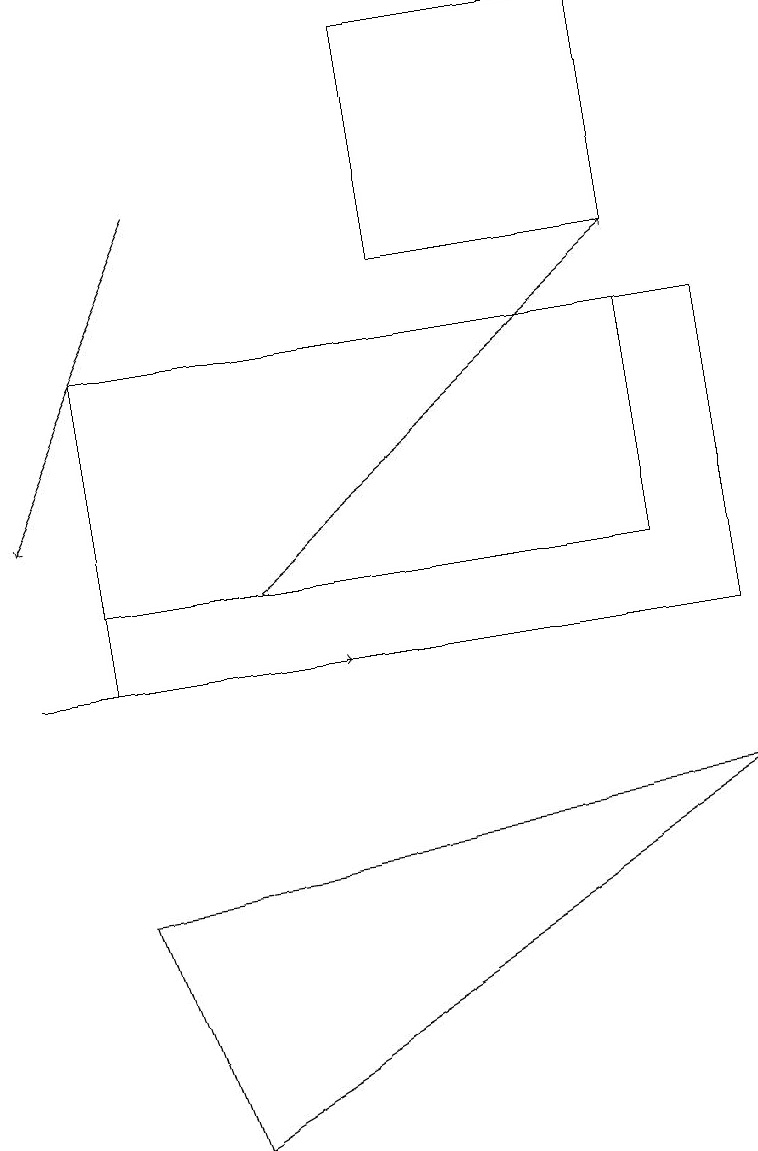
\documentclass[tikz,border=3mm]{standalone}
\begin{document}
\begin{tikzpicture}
\draw[->] (0,11) -- (4,11);
\draw[->] (2,17) -- (0,13);
\draw (1,8) -- (9,9) -- (2,5) -- cycle;
\draw (8,12) rectangle (1,15);
\draw[->] (3,12) -- (8,16);
\draw (8,16) rectangle (5,19);
\draw (1,11) rectangle (9,15);
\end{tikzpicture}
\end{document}